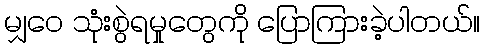
မျှဝေ သုံးစွဲရမှုတွေကို ပြောကြားခဲ့ပါတယ်။